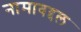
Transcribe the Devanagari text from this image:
नामाबद्दल